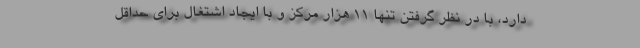
دارد، با در نظر گرفتن تنها 11 هزار مرکز و با ایجاد اشتغال برای حداقل